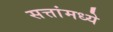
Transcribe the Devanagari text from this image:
सत्तांमध्ये